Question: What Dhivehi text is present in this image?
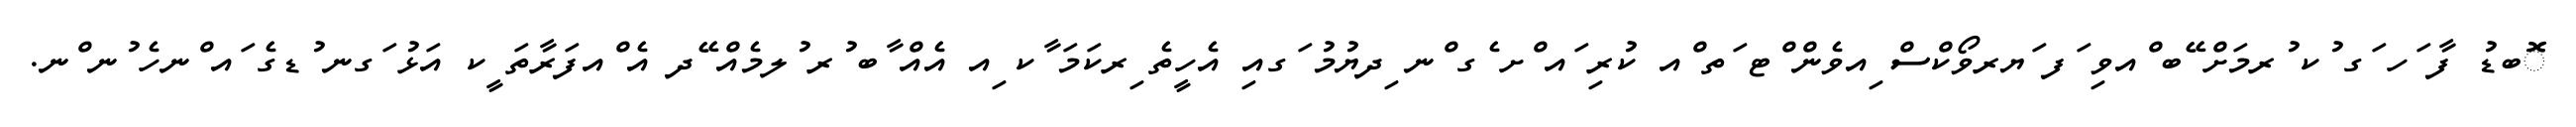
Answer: ޮބޑު ފާ ަހ ަގ ުކ ުރމަށް ޭބ ްއވި ަފ ަޔރވޯކްސް ިއވެން ްޓ ަތ ްއ ކުރި ައ ްށ ެގ ްނ ިދޔުމު ަގއި އެހީތެ ިރކަމަ ާކ ިއ އެއް ާބ ުރ ުލމެއް ޭދ އެ ްއފަރާތަ ީކ އަޅު ަގނ ުޑގެ ައ ްނހެ ުނ ްނ.